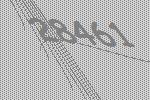
28461